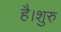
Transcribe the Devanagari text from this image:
है।शुरु